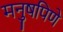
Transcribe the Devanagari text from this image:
मनुषपिणे